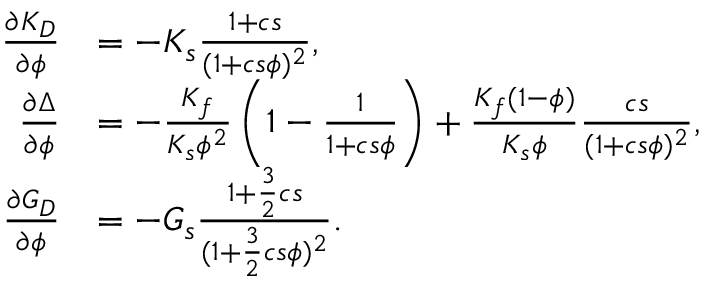
\begin{array} { r } { \begin{array} { r l } { \frac { \partial K _ { D } } { \partial \phi } } & { = - K _ { s } \frac { 1 + c s } { ( 1 + c s \phi ) ^ { 2 } } , } \\ { \frac { \partial \Delta } { \partial \phi } } & { = - \frac { K _ { f } } { K _ { s } \phi ^ { 2 } } \left( 1 - \frac { 1 } { 1 + c s \phi } \right) + \frac { K _ { f } ( 1 - \phi ) } { K _ { s } \phi } \frac { c s } { ( 1 + c s \phi ) ^ { 2 } } , } \\ { \frac { \partial G _ { D } } { \partial \phi } } & { = - G _ { s } \frac { 1 + \frac { 3 } { 2 } c s } { ( 1 + \frac { 3 } { 2 } c s \phi ) ^ { 2 } } . } \end{array} } \end{array}